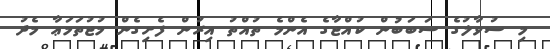
މި ސުވާލުގެ ސަބަބުން ކުއްޖާގެ އެންމެ ތުއްތު އިރުން ފެށިގެން މުޖުތަމަޢާ މެދު